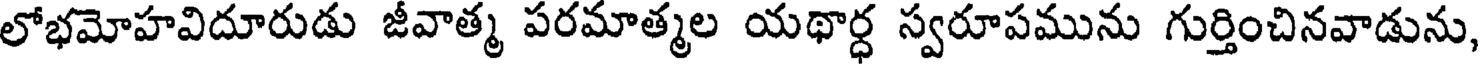
లోభమోహవిదూరుడు జీవాత్మ పరమాత్మల యథార్ధ స్వరూపమును గుర్తించినవాడును,